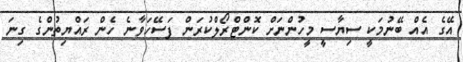
އޭގެ އެއް ބޭނުމަކީ ސިޔާސީ މީހުންނަށް ކޮންޓްރޯލްކުރަން ފަސޭހަވާނެ ހެން ރައްޔިތުންގެ ގިނަ